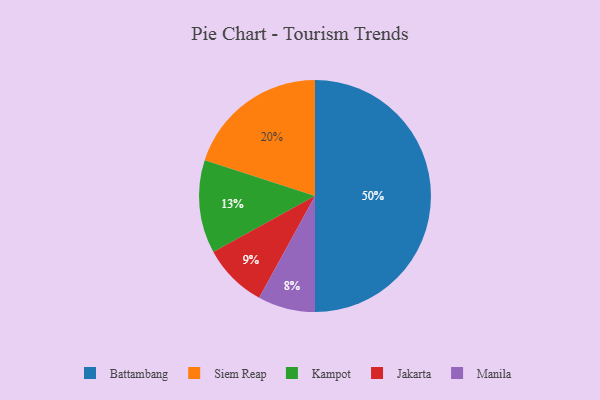
{"axis": {"x": "Category", "y": "Percentage"}, "legend": ["Battambang", "Jakarta", "Kampot", "Manila", "Siem Reap"], "data": [{"x": "Jakarta", "y": 9, "type": "Jakarta"}, {"x": "Battambang", "y": 50, "type": "Battambang"}, {"x": "Kampot", "y": 13, "type": "Kampot"}, {"x": "Manila", "y": 8, "type": "Manila"}, {"x": "Siem Reap", "y": 20, "type": "Siem Reap"}]}